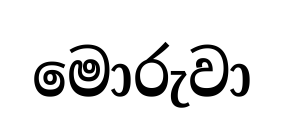
මොරුවා